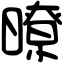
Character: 暸